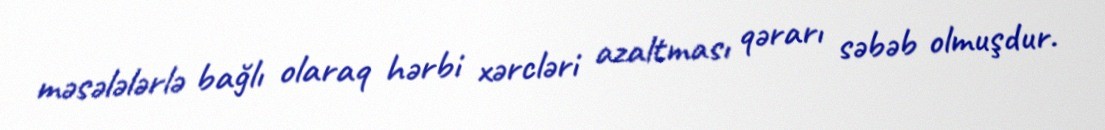
məsələlərlə bağlı olaraq hərbi xərcləri azaltması qərarı səbəb olmuşdur.